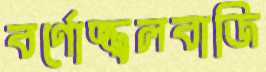
বর্ণোজ্জ্বলবাজি